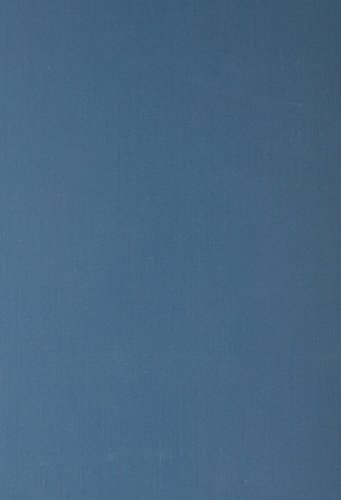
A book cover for Medicinal Resources of the Tropical Forest: Biodiversity and Its Importance to Human Health (Biology and Resource Management Series); Medical Books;